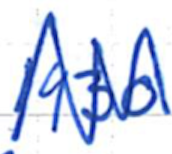
Text: 1930
Cross-out: zig-zag
Writing tool: ballpoint